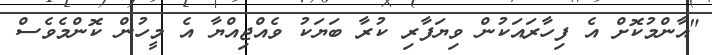
"އާންމުކޮށް އެ ފިހާރައަކުން ވިޔަފާރި ކުރާ ބަޔަކު ވެއްޖިއްޔާ އެ މީހުން ކޮންމެވެސް